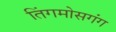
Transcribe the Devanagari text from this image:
तिंगमोसगंग